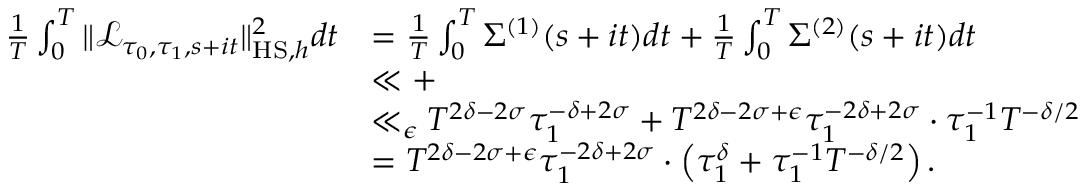
\begin{array} { r l } { \frac { 1 } { T } \int _ { 0 } ^ { T } \Vert \mathcal { L } _ { \tau _ { 0 } , \tau _ { 1 } , s + i t } \Vert _ { \mathrm { H S } , h } ^ { 2 } d t } & { = \frac { 1 } { T } \int _ { 0 } ^ { T } \Sigma ^ { ( 1 ) } ( s + i t ) d t + \frac { 1 } { T } \int _ { 0 } ^ { T } \Sigma ^ { ( 2 ) } ( s + i t ) d t } \\ & { \ll + } \\ & { \ll _ { \epsilon } T ^ { 2 \delta - 2 \sigma } \tau _ { 1 } ^ { - \delta + 2 \sigma } + T ^ { 2 \delta - 2 \sigma + \epsilon } \tau _ { 1 } ^ { - 2 \delta + 2 \sigma } \cdot \tau _ { 1 } ^ { - 1 } T ^ { - \delta / 2 } } \\ & { = T ^ { 2 \delta - 2 \sigma + \epsilon } \tau _ { 1 } ^ { - 2 \delta + 2 \sigma } \cdot \left( \tau _ { 1 } ^ { \delta } + \tau _ { 1 } ^ { - 1 } T ^ { - \delta / 2 } \right) . } \end{array}